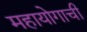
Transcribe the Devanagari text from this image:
महायोगाची